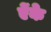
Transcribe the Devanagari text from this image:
ऐंके